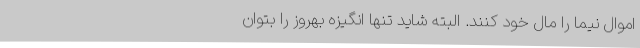
اموال نیما را مال خود کنند.‌ البته شاید تنها انگیزه بهروز را بتوان